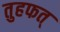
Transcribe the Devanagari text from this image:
तुहफत्